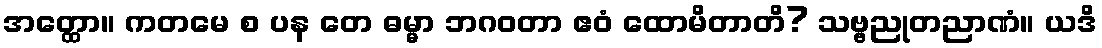
အတ္ထော။ ကတမေ စ ပန တေ ဓမ္မာ ဘဂဝတာ ဧဝံ ထောမိတာတိ? သဗ္ဗညုတညာဏံ။ ယဒိ